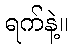
ရက်နဲ့။